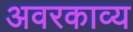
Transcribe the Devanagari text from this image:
अवरकाव्य